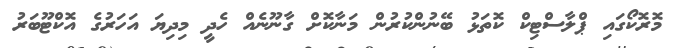
މޮރޮކޯގައި ޕްލާސްޓިކް ކޮތަޅު ބޭނުންކުރުން މަނާކޮށް ގާނޫނެއް ހެދީ މިދިޔަ އަހަރުގެ އޮކްޓޫބަރު